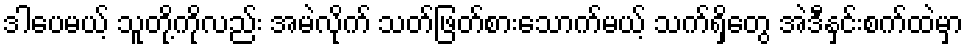
ဒါပေမယ့် သူတို့ကိုလည်း အမဲလိုက် သတ်ဖြတ်စားသောက်မယ့် သက်ရှိတွေ အဲဒီနှင်းစက်ထဲမှာ